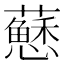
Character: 𧃅